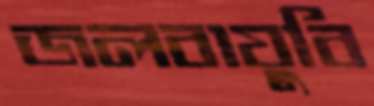
জলবায়ুবি